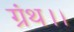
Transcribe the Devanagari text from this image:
ग्रंथ।।